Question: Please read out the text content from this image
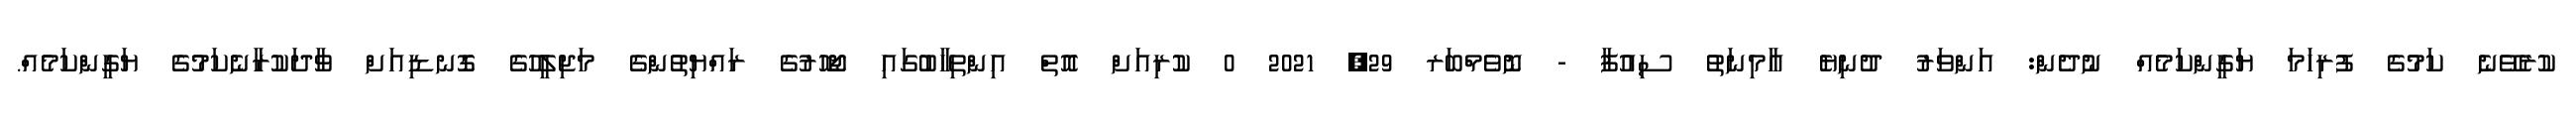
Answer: ކުރެވޭނެ ކަމުގެ ފުރިހަމަ ޔަގީންކަމެއް ނުދެން: އަންވަރު ދުނިޔެ އާމިނަތު ސިއުފާ - ނޮވެމްބަރ 29, 2021 0 ކުރިއަށް އޮތް އިންތިހާބުގައި ޖޯހޮރުގެ ރައްޔިތުންގެ މަޖިލީހުގެ ގޮނޑިއަށް ވާދަކުރާނެކަމުގެ ޔަގީންކަމެއް.